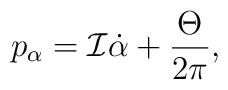
p_{\alpha }={\cal I}\dot{\alpha}+\frac{\Theta}{2\pi},